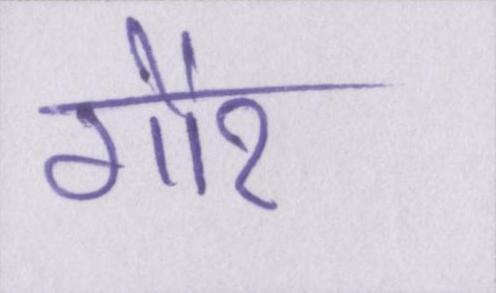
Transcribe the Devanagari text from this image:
गौर